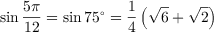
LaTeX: \sin { \frac { 5 \pi } { 1 2 } } = \sin 7 5 ^ { \circ } = { \frac { 1 } { 4 } } \left( { \sqrt { 6 } } + { \sqrt { 2 } } \right)